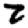
Digit: 2